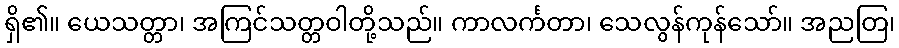
ရှိ၏။ ယေသတ္တာ၊ အကြင်သတ္တဝါတို့သည်။ ကာလင်္ကတာ၊ သေလွန်ကုန်သော်။ အညတြ၊